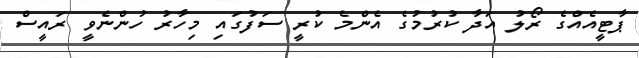
ޕާޓީއެއްގެ ރޯލު އަދާ ކުރުމުގެ އެންމެ ކުރީ ސަފުގައި މިހާރު ހުންނެވީ ރައީސް